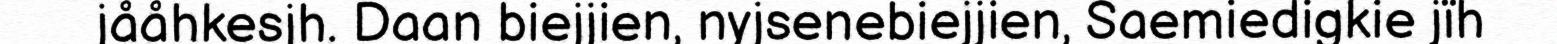
jååhkesjh. Daan biejjien, nyjsenebiejjien, Saemiedigkie jïh